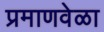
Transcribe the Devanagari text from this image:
प्रमाणवेळा